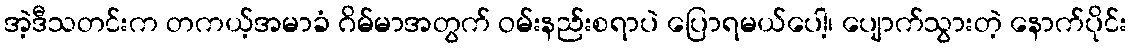
အဲ့ဒီသတင်းက တကယ့်အမာခံ ဂိမ်မာအတွက် ဝမ်းနည်းစရာပဲ ပြောရမယ်ပေါ့၊ ပျောက်သွားတဲ့ နောက်ပိုင်း